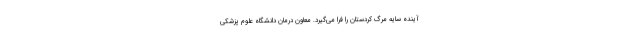
آینده سایه مرگ کردستان را فرا می‌گیرد. معاون درمان دانشگاه علوم پزشکی